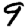
Digit: 9